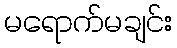
မရောက်မချင်း